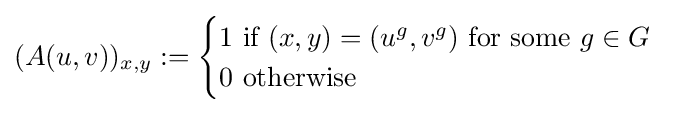
(A(u,v))_{x,y}:={\begin{cases}1\ {\text{if }}(x,y)=(u^{g},v^{g}){\text{ for some }}g\in G\\0{\text{ otherwise }}\end{cases}}